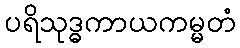
ပရိသုဒ္ဓကာယကမ္မတံ